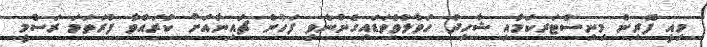
މިއީ ފޮރިން މިނިސްޓަރކަމާއި ޝާހިދު ހަވާލުވެވަޑައިގެންނެވި ފަހުން ޗައިނާއަށް ކުރައްވާ ފުރަތަމަ ރަސްމީ